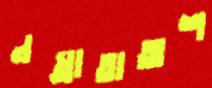
নম্রাতাঅশ